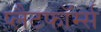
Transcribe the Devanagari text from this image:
प्लैटफॉर्म्स